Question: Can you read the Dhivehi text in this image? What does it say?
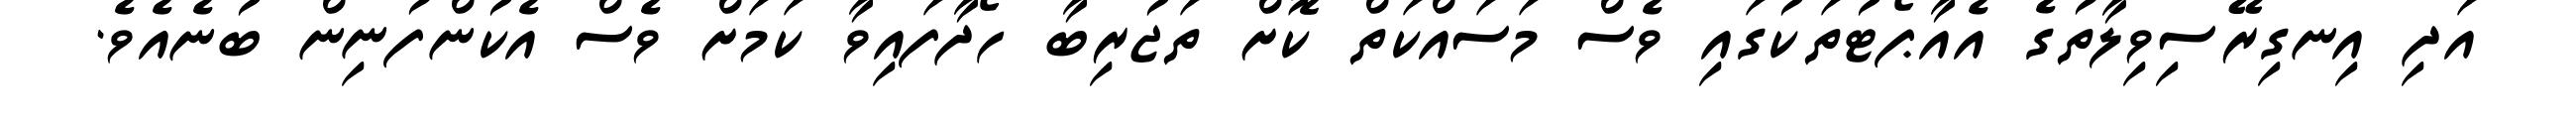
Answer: އަދި އިނގިރޭސިވިލާތުގެ އެއާޕޯޓުތަކުގައި ވެސް މަސައްކަތް ކޮށް ތަޖުރިބާ ހޯދާފައިވާ ކަމަށް ވެސް އެކުންފުނިން ބުނެއެވެ.